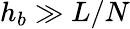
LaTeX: h_{b}\gg L/N